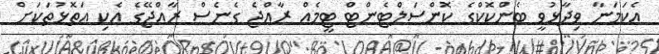
އެކަމަނާ ވިދާޅުވީ ބެންކޮކްގެ ކޮންސަލްޓެންޓް ޓީމެއް ރާއްޖެ ގެނެސް ރާއްޖޭގެ އެކި އަތޮޅުތަކަށް